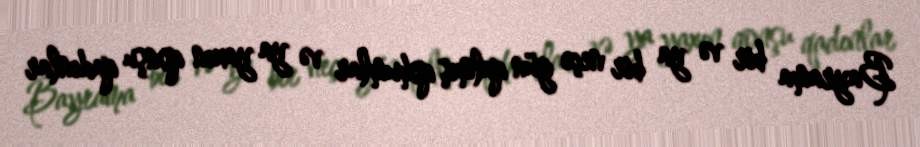
Bayrama bir və ya bir neçə gün qalmış qohumlar və ya yaxın qonşu qadınlar